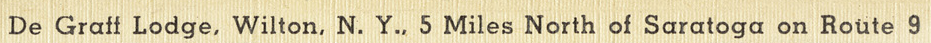
De Graff Lodge,Wilton,N.Y..5Miles North of Saratoga on Route 9